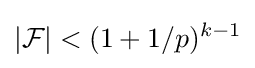
|{\mathcal {F}}|<(1+1/p)^{k-1}